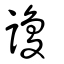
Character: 讂